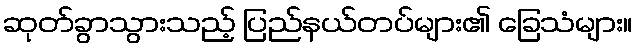
ဆုတ်ခွာသွားသည့် ပြည်နယ်တပ်များ၏ ခြေသံများ။